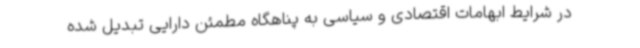
در شرایط ابهامات اقتصادی و سیاسی به پناهگاه مطمئن دارایی تبدیل شده